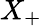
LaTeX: X_{+}